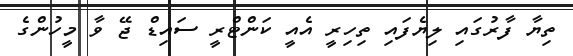
ތިޔާ ފާރުގައި ލިޔެފައި ތިހިރީ އެއީ ކަންޓްރީ ސައިޑް ޖޭ ވާ މީހުންގެ